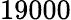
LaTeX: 19000